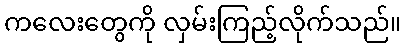
ကလေးတွေကို လှမ်းကြည့်လိုက်သည်။